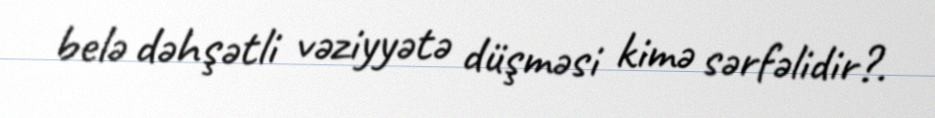
belə dəhşətli vəziyyətə düşməsi kimə sərfəlidir?.